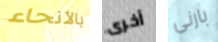
بالأنحاء أخرى بارنى